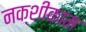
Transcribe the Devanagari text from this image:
नक्शीकाम